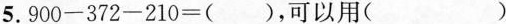
5.$$9 0 0 - 3 7 2 - 2 1 0 = ( )$$，可以用()行验算。